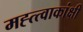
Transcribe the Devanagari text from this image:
मह्त्त्वाकांक्षी